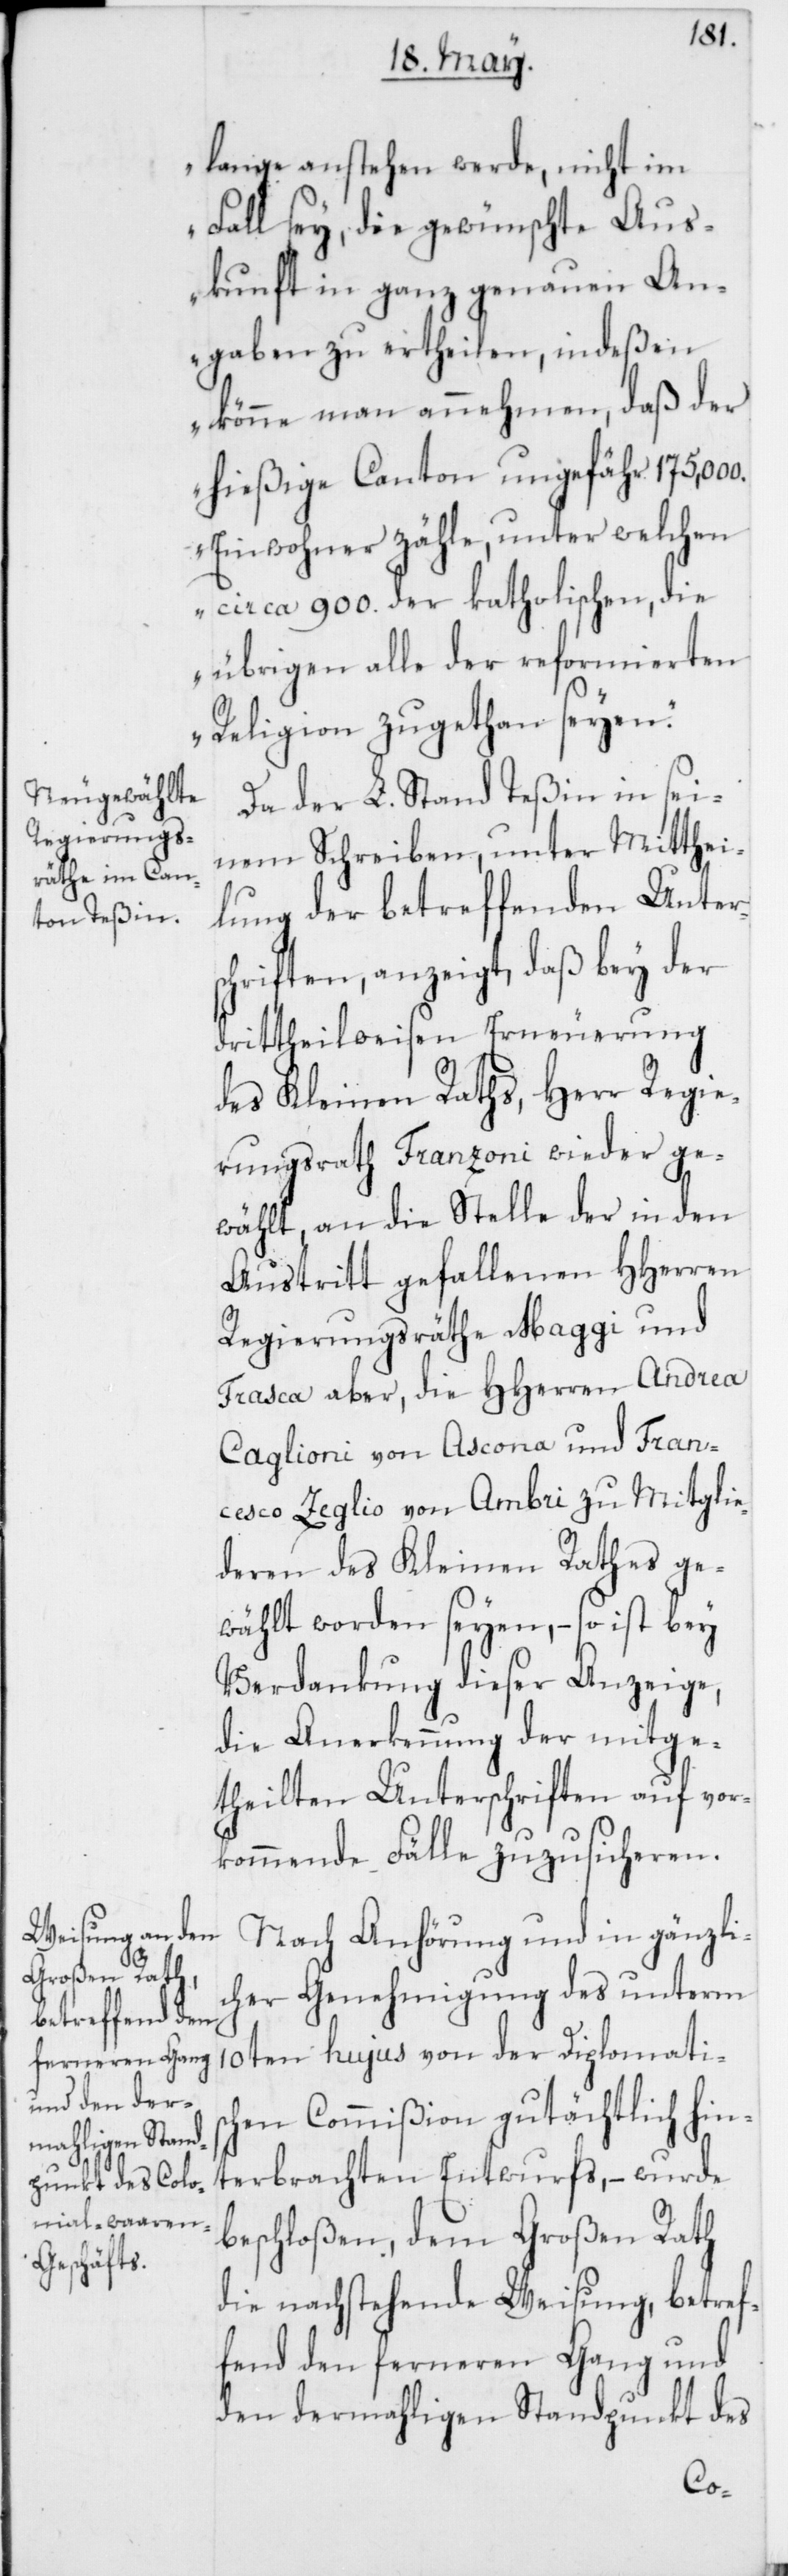
lange anstehen werde, nicht im
Fall sey, die gewünschte Aus¬
kunft in ganz genauen An¬
gaben zu ertheilen, indeßen
könne man annehmen, daß der
hießige Canton ungefähr 175,000.
Einwohner zähle, unter welchen
circa 900. der katholischen, die
übrigen alle der reformierten
Religion zugethan seyen.“
Da der L. Stand Teßin in sei¬
nem Schreiben, unter Mitthei¬
lung der betreffenden Unters¬
chriften, anzeigt, daß bey der
drittheilweisen Erneuerung
des Kleinen Raths, Herr Regie¬
rungsrath Franzoni wieder ge¬
wählt, an die Stelle der in den
Austritt gefallenen HHerren
Regierungsräthe Maggi und
Frasca aber, die HHerren Andrea
Caglioni von Ascona und Fran¬
cesco Zeglio von Ambri zu Mitglie¬
deren des Kleinen Rathes ge¬
wählt worden seyen, – so ist bey
Verdankung dieser Anzeige,
die Anerkennung der mitge¬
theilten Unterschriften auf vor¬
kommende Fälle zuzusicheren.
Nach Anhörung und in gänzli¬
cher Genehmigung des unterm
10ten hujus von der Diplomatis¬
chen Commißion gutächtlich hin¬
terbrachten Entwurfs, – wurde
beschloßen, dem Großen Rath
die nachstehende Weisung, betref¬
fend den ferneren Gang und
den dermahligen Standpunkt des